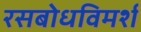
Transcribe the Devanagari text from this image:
रसबोधविमर्श